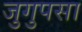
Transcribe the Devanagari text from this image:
जुगुपसा